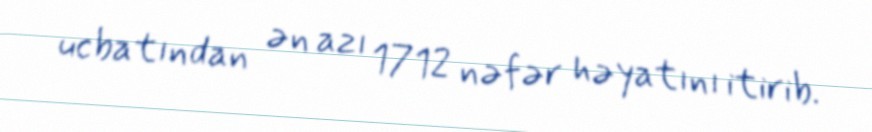
ucbatından ən azı 1712 nəfər həyatını itirib.